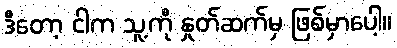
ဒီတော့ ငါက သူ့ကို နှုတ်ဆက်မှ ဖြစ်မှာပေါ့။